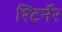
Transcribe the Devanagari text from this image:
श्टिर्नेर